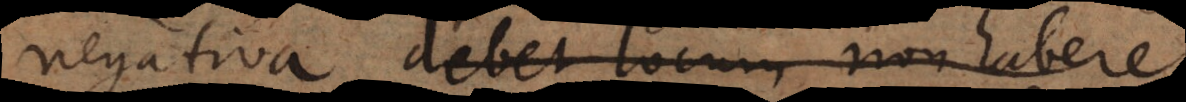
negativa debet locum non habere